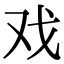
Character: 戏